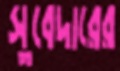
সুবেদারের